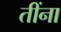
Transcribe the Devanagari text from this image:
तींना